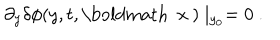
LaTeX: \partial _ { y } \delta \phi ( y , t , \mathrm { \boldmath ~ x ~ } ) \mid _ { y _ { 0 } } = 0 \ .